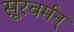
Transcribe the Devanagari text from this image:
सूरवर्मन्